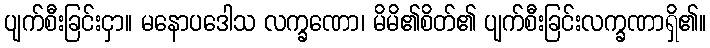
ပျက်စီးခြင်းငှာ။ မနောပဒေါသ လက္ခဏော၊ မိမိ၏စိတ်၏ ပျက်စီးခြင်းလက္ခဏာရှိ၏။